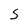
Character: S